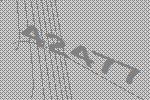
42477